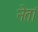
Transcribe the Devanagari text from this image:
नेतां